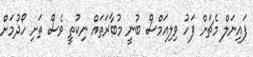
ފައިނަލް މެޗަށް ފަހު ވިލިއަމްސް ބުނީ މުބާރަތައް ނިކުތީ ވެސް ތަށި ހޯދުމަށް